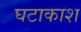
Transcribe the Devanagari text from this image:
घटाकाश